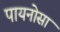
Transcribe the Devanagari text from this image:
पायनोसा